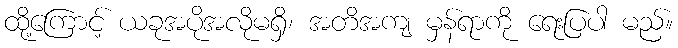
ထို့ကြောင့် ယခုအပိုအလိုမရှိ၊ အတိအကျ မှန်ရာကို ရေးပြပါ မည်။